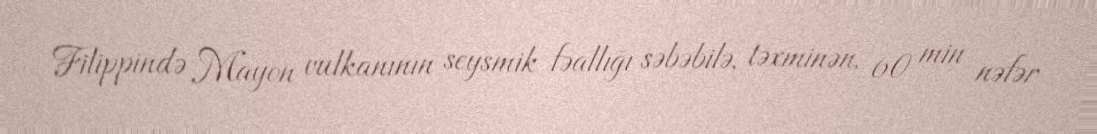
Filippində Mayon vulkanının seysmik fəallığı səbəbilə, təxminən, 60 min nəfər